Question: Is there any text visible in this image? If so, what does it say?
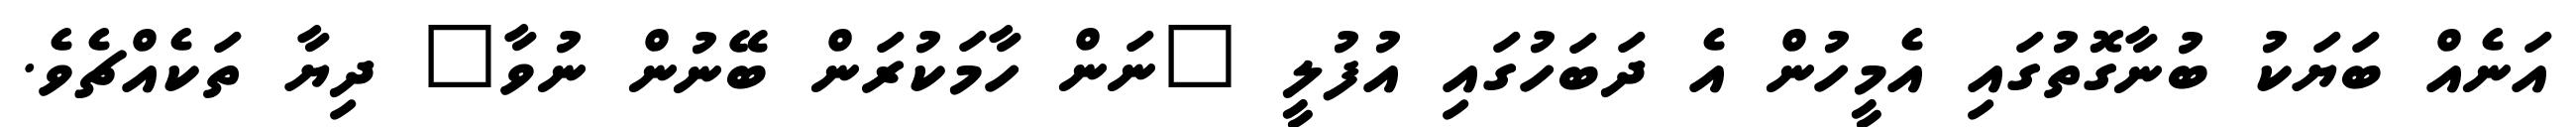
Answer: އަނެއް ބަޔަކު ބުނާގޮތުގައި އެމީހުން އެ ދަބަހުގައި އުފުލީ "ނަން ހާމަކުރަން ބޭނުން ނުވާ" ދިޔާ ތަކެއްޗެވެ.